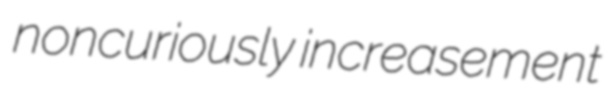
noncuriously increasement